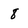
Character: 8